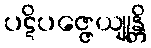
ပဋိပဇ္ဇေယျုန္တိ